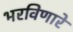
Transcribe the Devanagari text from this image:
भरविणारे